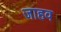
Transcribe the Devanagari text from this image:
जाहव